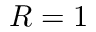
R = 1